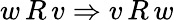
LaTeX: w\, R\, v\Rightarrow v\, R\, w